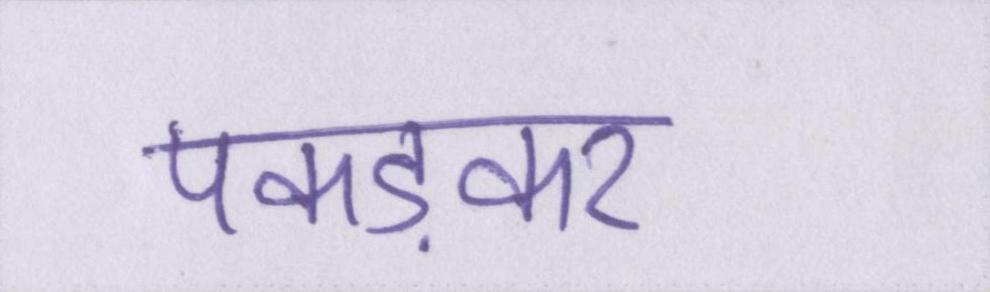
पकड़कर